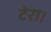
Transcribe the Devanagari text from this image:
टेरा।